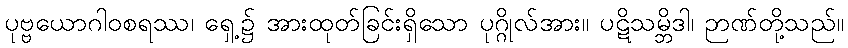
ပုဗ္ဗယောဂါဝစရဿ၊ ရှေ့၌ အားထုတ်ခြင်းရှိသော ပုဂ္ဂိုလ်အား။ ပဋိသမ္ဘိဒါ၊ ဉာဏ်တို့သည်။